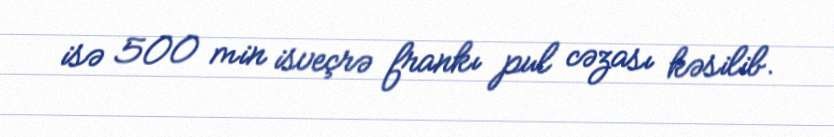
isə 500 min isveçrə frankı pul cəzası kəsilib.